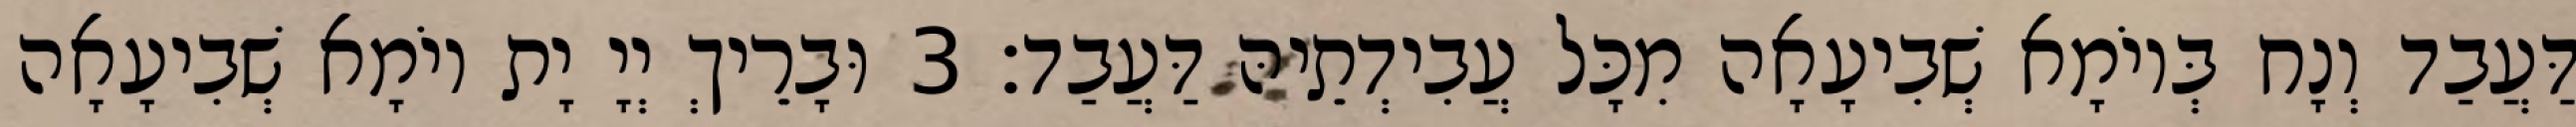
דַּעֲבַד וְנָח בְּיוֹמָא שְׁבִיעָאָה מִכָּל עֲבִידְתֵיהּ דַּעֲבַד׃ 3 וּבָרֵיךְ יְיָ יָת יוֹמָא שְׁבִיעָאָה